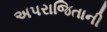
અપરાજિતાની